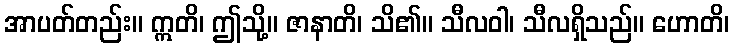
အာပတ်တည်း။ ဣတိ၊ ဤသို့။ ဇာနာတိ၊ သိ၏။ သီလဝါ၊ သီလရှိသည်။ ဟောတိ၊